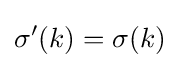
\sigma '(k)=\sigma (k)